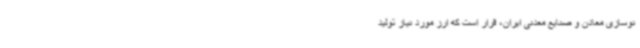
نوسازی معادن و صنایع معدنی ایران، قرار است که ارز مورد نیاز تولید